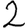
Digit: 2